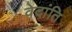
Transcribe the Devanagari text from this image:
वेदांति